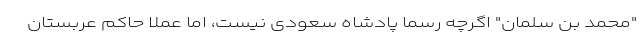
"محمد بن سلمان" اگرچه رسماً پادشاه سعودی نیست، اما عملاً حاکم عربستان